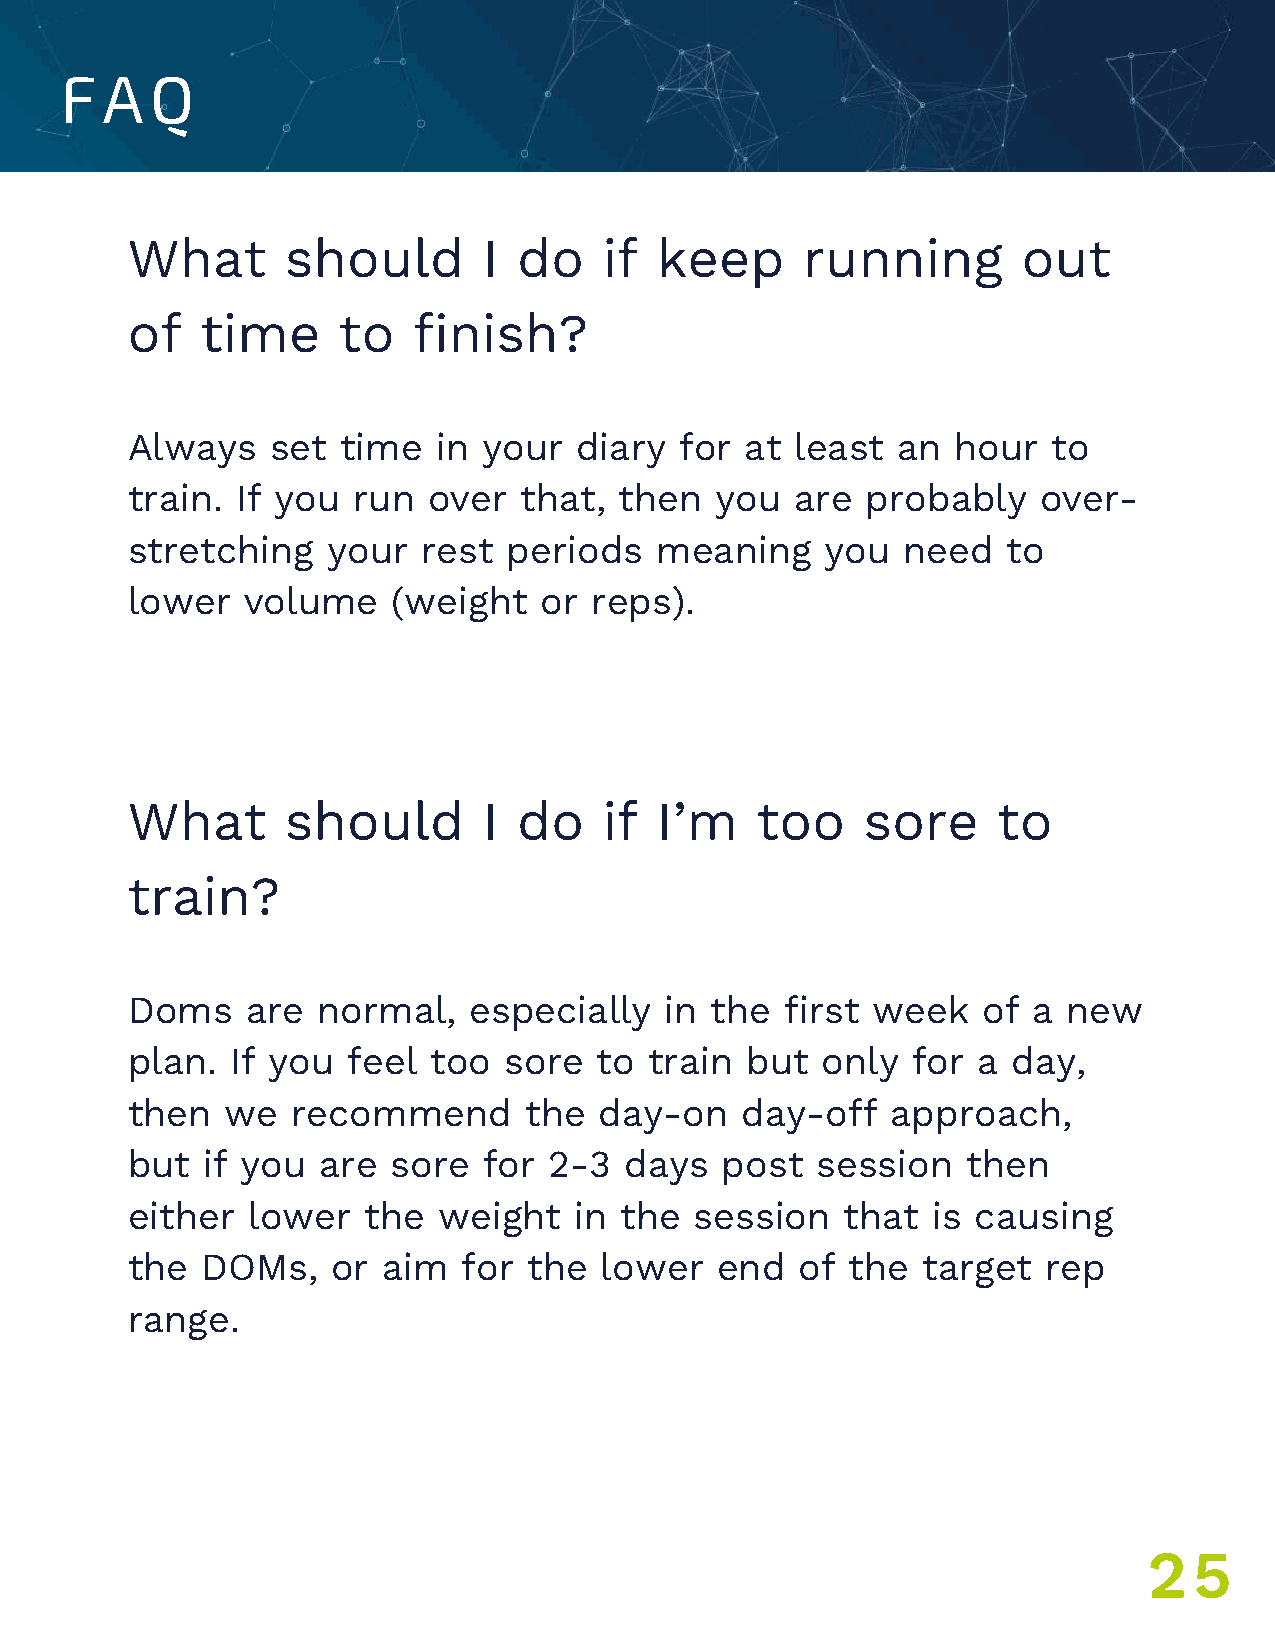
FAQ
 What       should       I do    if keep      running        out
 of   time     to   finish?
 Always    set time   in your  diary  for at  least an  hour   to
 train.  If you run  over  that,  then  you   are probably    over-
 stretching    your  rest  periods  meaning     you  need   to
 lower   volume    (weight   or reps).
 What       should       I do    if I’m    too    sore     to
 UNDER
 train?
 Doms    are  normal,   especially   in the  first week   of a  new
 plan.  If you  feel too  sore  to  train but  only  for  a day,
 then   we  recommend       the  day-on   day-off   approach,
 but  if you  are  sore  for 2-3  days   post  session   then
 either  lower   the  weight   in the  session   that  is causing
 the  DOMs,    or aim   for the  lower  end   of the  target  rep
 range.
 25